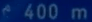
^{\epsilon}400\mathrm